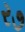
ર૭